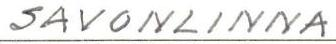
SAVONLINNA